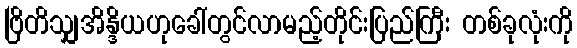
ဗြိတိသျှအိန္ဒိယဟုခေါ်တွင်လာမည့်တိုင်းပြည်ကြီး တစ်ခုလုံးကို